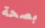
بصحة